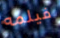
فيلمه